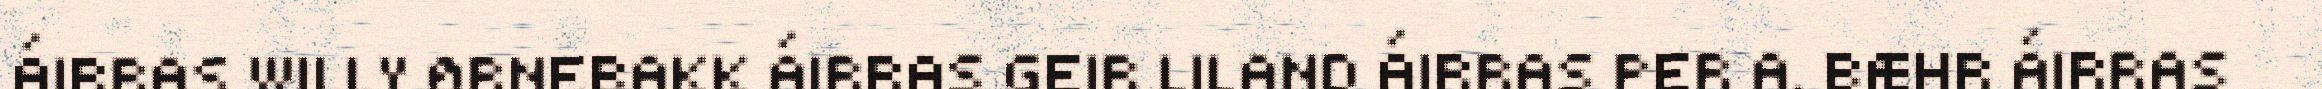
ÁIRRAS WILLY ØRNEBAKK ÁIRRAS GEIR LILAND ÁIRRAS PER A. BÆHR ÁIRRAS